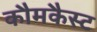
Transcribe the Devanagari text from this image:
कौमकैस्ट